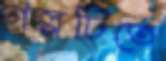
গল্পটিতে